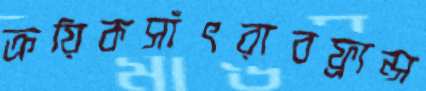
ক্রয়িকসাঁৎরাবফ্রান্স